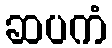
ဆပကံ